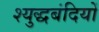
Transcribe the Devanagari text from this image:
श्युद्धबंदियों